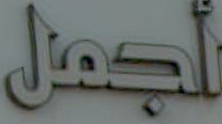
للجمل